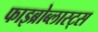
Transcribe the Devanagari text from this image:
फाइब्रोब्लास्ट्स